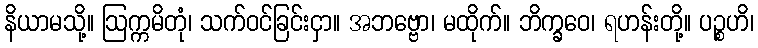
နိယာမသို့။ ဩက္ကမိတုံ၊ သက်ဝင်ခြင်းငှာ။ အဘဗ္ဗော၊ မထိုက်။ ဘိက္ခဝေ၊ ရဟန်းတို့။ ပဉ္စဟိ၊